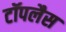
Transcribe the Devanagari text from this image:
टॉपलैस